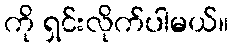
ကို ရှင်းလိုက်ပါမယ်။